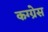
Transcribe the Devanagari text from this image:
कग्ग्रेस